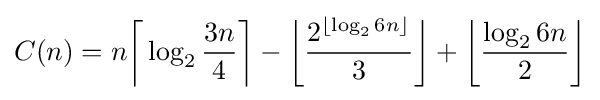
C(n)=n{\biggl \lceil }\log _{2}{\frac {3n}{4}}{\biggr \rceil }-{\biggl \lfloor }{\frac {2^{\lfloor \log _{2}6n\rfloor }}{3}}{\biggr \rfloor }+{\biggl \lfloor }{\frac {\log _{2}6n}{2}}{\biggr \rfloor }